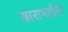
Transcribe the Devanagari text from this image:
साराभाईनी